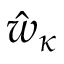
\hat { w } _ { \kappa }